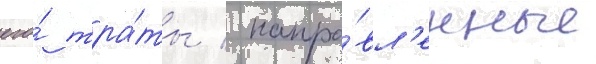
его́ тра́ты / напра́вл'енные